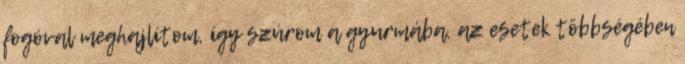
fogóval meghajlítom, így szúrom a gyurmába. az esetek többségében